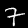
Label: 7